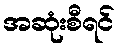
အဆုံးစီရင်